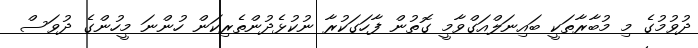
ދުވުމުގެ މި މުބާރާތަކީ ބައިނަލްއަގްވާމީ ގޮތުން ފާހަގަކުރާ ނުކުޅެދުންތެރިކަން ހުންނަ މީހުންގެ ދުވަސް